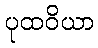
ပုထဝိယာ